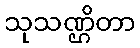
သုသဏ္ဌိတာ